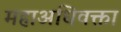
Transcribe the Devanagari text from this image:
महाअधिवक्ता